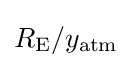
R_{\mathrm {E} }/y_{\mathrm {atm} }